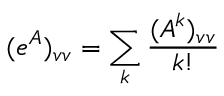
( e ^ { A } ) _ { v v } = \sum _ { k } \frac { ( A ^ { k } ) _ { v v } } { k ! }